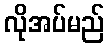
လိုအပ်မည်